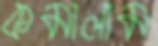
কমালাম